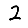
Digit: 2